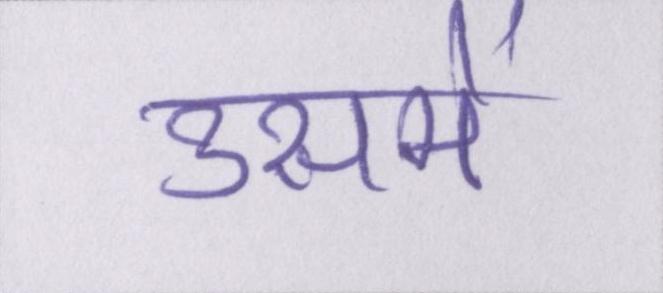
उसमें